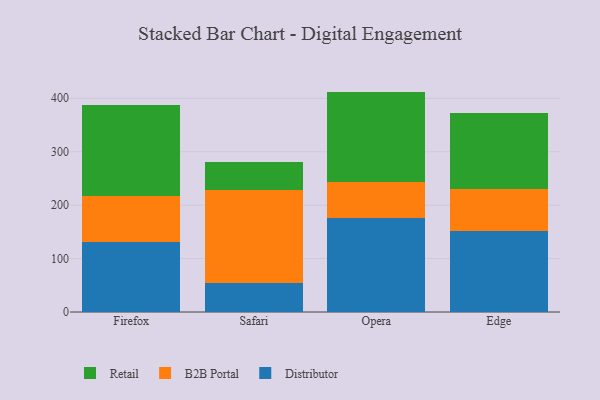
{"axis": {"x": "Browser", "y": "Customer Acquisition Cost (USD)"}, "legend": ["B2B Portal", "Distributor", "Retail"], "data": [{"x": "Firefox", "y": 130.6, "type": "Distributor"}, {"x": "Firefox", "y": 87.4, "type": "B2B Portal"}, {"x": "Firefox", "y": 169.2, "type": "Retail"}, {"x": "Safari", "y": 54.4, "type": "Distributor"}, {"x": "Safari", "y": 173.8, "type": "B2B Portal"}, {"x": "Safari", "y": 53.1, "type": "Retail"}, {"x": "Opera", "y": 175.1, "type": "Distributor"}, {"x": "Opera", "y": 67.7, "type": "B2B Portal"}, {"x": "Opera", "y": 169.7, "type": "Retail"}, {"x": "Edge", "y": 151.7, "type": "Distributor"}, {"x": "Edge", "y": 78.7, "type": "B2B Portal"}, {"x": "Edge", "y": 141.8, "type": "Retail"}]}